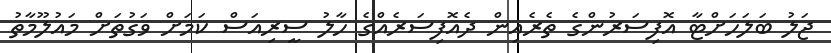
ޖަލު ބަލަހަށްޓާ އޮފިސަރުންގެ ތެރެއިން ދެއޮފިސަރެއްގެ ހާލު ސީރިއަސް ކަމަށް ވަގުތަށް މައުލޫމާތު